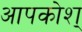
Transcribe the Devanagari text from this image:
आपकोश्